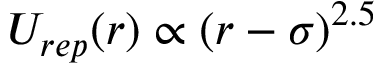
U _ { r e p } ( r ) \propto ( r - \sigma ) ^ { 2 . 5 }